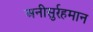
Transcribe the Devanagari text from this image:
अनीसुर्रहमान